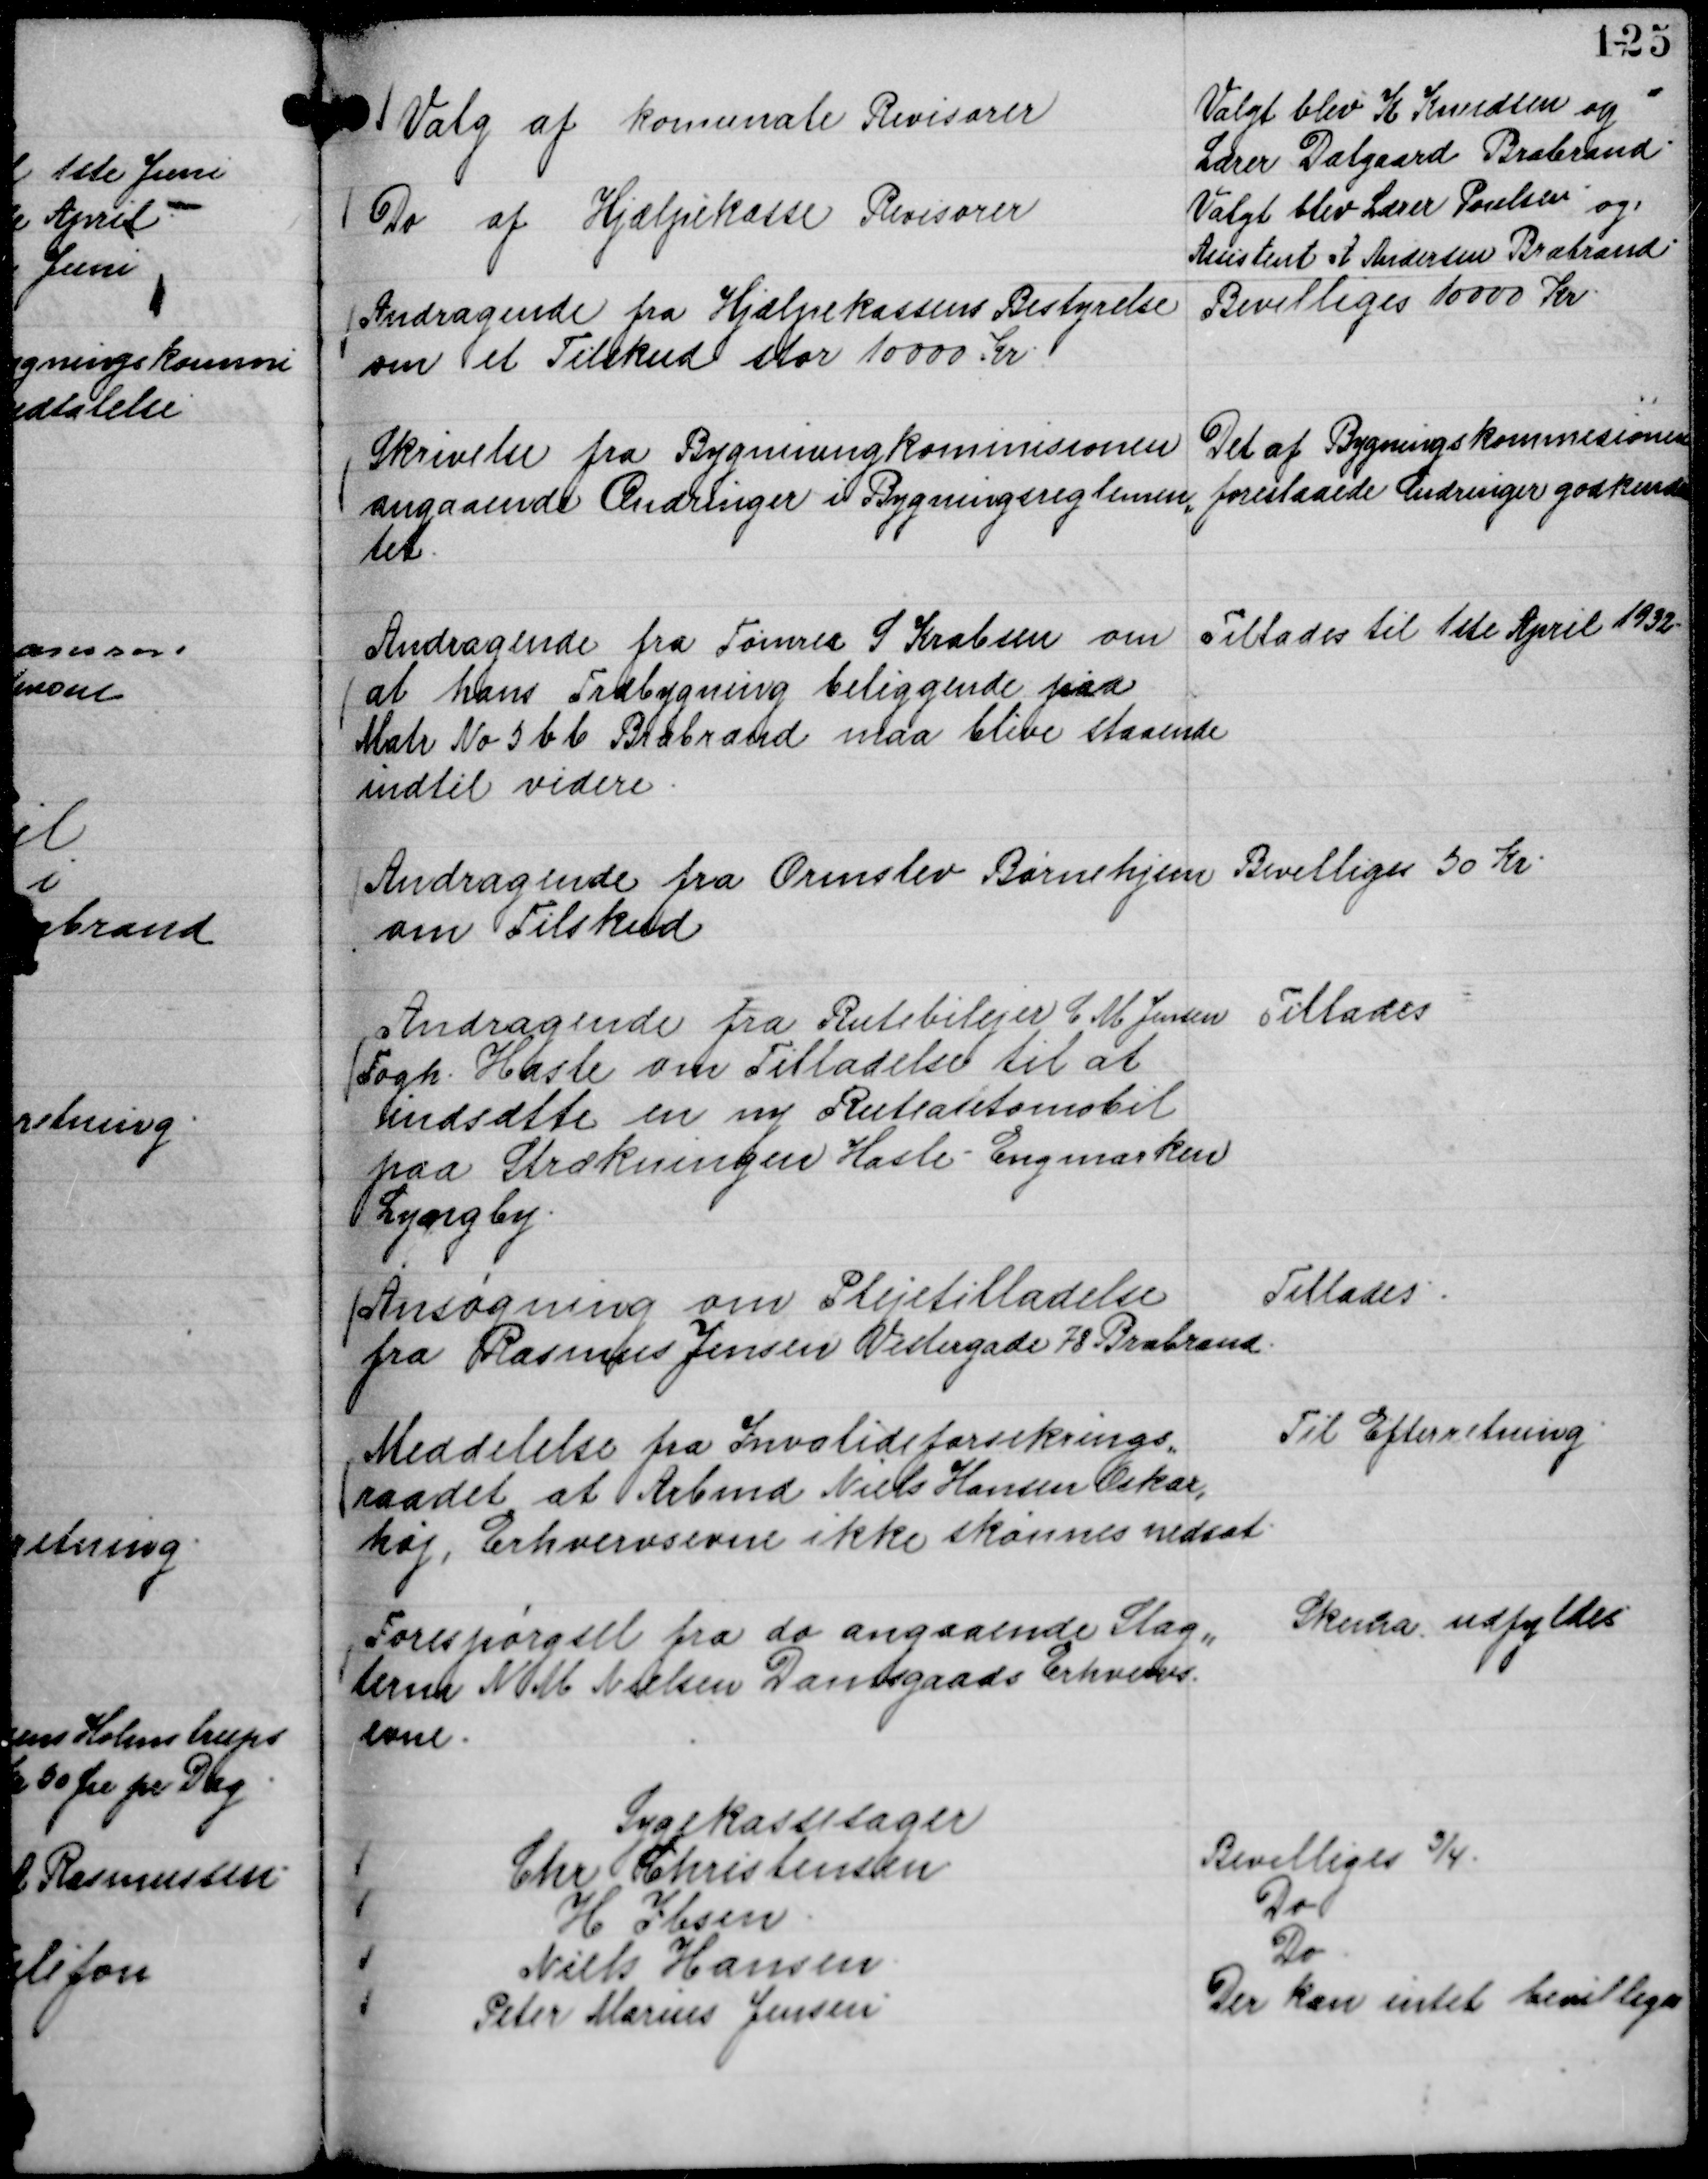
Transskription:
Valg af komunale Revisorer

Valgt blev K Knudsen og
Lærer Dalgaard Brabrand.

Do af Hjælpekasse Revisorer

Valgt blev Lærer Poulsen og
Assistent A Andersen Brabrand.

Andragende fra Hjælpekassens Bestyrelse
om et Tilskud stor 10000 Kr.

Bevilliges 10000 Kr.

Skrivelse fra Bygningkommisionen
angaaende Ændringer i Bygningsreglemen,,
tet.

Det af Bygningskommisionen
foreslaaede Ændringer godkendes

Andragende fra Tømrer S Krabsen om
at hans Træbygning beliggende paa
Matr No 5 b b Brabrand maa blive staaende
indtil videre.

Tillades til 1ste April 1932.

Andragende fra Ormslev Børnehjem
om Tilskud

Bevilliges 50 Kr.

Andragende fra Rutebilejer C M Jensen
Fogh. Hasle om Tilladelse til at
indsætte en ny Ruteautomobil
paa Strækningen Hasle - Engmarken
Lyngby.

Tillades

Ansøgning om Plejetilladelse
fra Rasmus Jensen Vestergade 78 Brabrand.

Tillades.

Meddelelse fra Invalideforsikrings,,
raadet at Arbmd Niels Hansen Oskar,,
høj, Erhvervsevne ikke skønnes nedsat.

Til Efterretning.

Forespørgsel fra do angaaende Slag,,
teren N M Nielsen Damgaards Erhvervs-
evne.

Skema udfyldes

Sygekassesager
Chr Christensen
Bevilliges ¾.
H Ibsen.
Do
Niels Hansen.
Do.
Peter Marius Jensen.
Der kan intet bevilliges